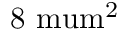
\mathrm { 8 \ m u m ^ { 2 } }